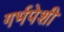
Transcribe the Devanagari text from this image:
गर्भपेशी